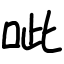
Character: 呲